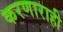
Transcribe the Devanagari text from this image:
करणाराही